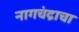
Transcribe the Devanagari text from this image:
नागचंद्राचा